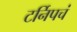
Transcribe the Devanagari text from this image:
टर्निपचं